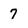
Character: 7